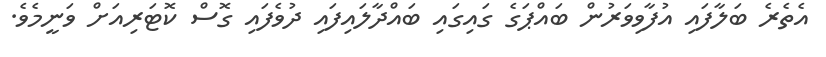
އެތެރެ ބަލާފައި އުފާވިވަރުން ބައްޕަގެ ގައިގައި ބައްދާލައިފައި ދުވެފައި ގޮސް ކޮޓަރިއަށް ވަނީމެވެ.